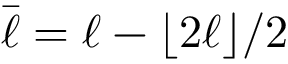
\bar { \ell } = \ell - \lfloor 2 \ell \rfloor / 2